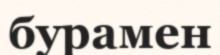
бурамен